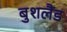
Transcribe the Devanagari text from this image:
बुशलैंड